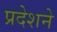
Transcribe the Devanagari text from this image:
प्रदेशने